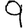
Digit: 9